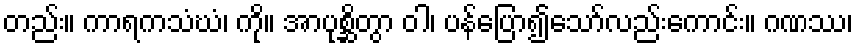
တည်း။ ကာရကသံဃံ၊ ကို။ အာပုစ္ဆိတွာ ဝါ၊ ပန်ပြော၍သော်လည်းကောင်း။ ဂဏဿ၊